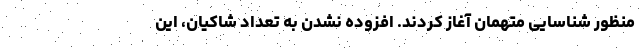
منظور شناسایی متهمان آغاز کردند. افزوده نشدن به تعداد شاکیان، این